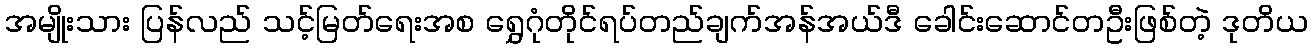
အမျိုးသား ပြန်လည် သင့်မြတ်ရေးအစ ရွှေဂုံတိုင်ရပ်တည်ချက်အန်အယ်ဒီ ခေါင်းဆောင်တဦးဖြစ်တဲ့ ဒုတိယ